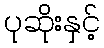
ပုဆိုးနှင့်